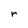
Character: r